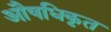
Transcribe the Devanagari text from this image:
औषधिकृत